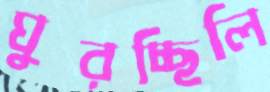
ঘুরচ্ছিলি